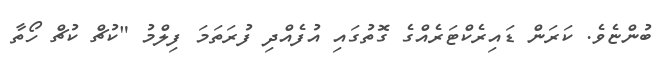
ބުންޏެވެ. ކަރަން ޑައިރެކްޓަރެއްގެ ގޮތުގައި އުފެއްދި ފުރަތަމަ ފިލްމު "ކުޗް ކުޗް ހޯތާ